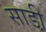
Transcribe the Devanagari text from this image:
साडी़